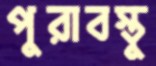
পুরাবস্তু